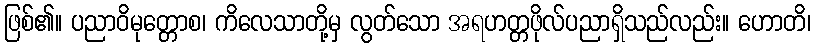
ဖြစ်၏။ ပညာဝိမုတ္တောစ၊ ကိလေသာတို့မှ လွတ်သော အရဟတ္တဖိုလ်ပညာရှိသည်လည်း။ ဟောတိ၊